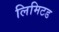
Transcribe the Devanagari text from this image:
लिमिटड